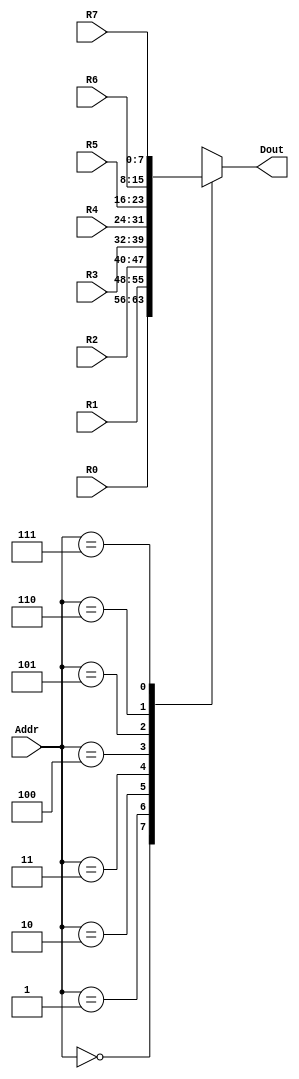
module MUX8to1_8 (R0,R1,R2,R3,R4,R5,R6,R7,Addr,Dout);
input [7:0] R0,R1,R2,R3,R4,R5,R6,R7;
input [2:0] Addr;
output reg [7:0]Dout;

always@(*)
  case(Addr)
  3'd0:Dout<=R0;
  3'd1:Dout<=R1;
  3'd2:Dout<=R2;
  3'd3:Dout<=R3;
  3'd4:Dout<=R4;
  3'd5:Dout<=R5;
  3'd6:Dout<=R6;
  3'd7:Dout<=R7;
  endcase
  
endmodule